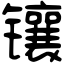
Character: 镶